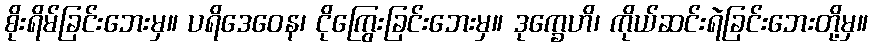
စိုးရိမ်ခြင်းဘေးမှ။ ပရိဒေဝေန၊ ငိုကြွေးခြင်းဘေးမှ။ ဒုက္ခေဟိ၊ ကိုယ်ဆင်းရဲခြင်းဘေးတို့မှ။